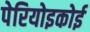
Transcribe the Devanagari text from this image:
पेरियोइकोई